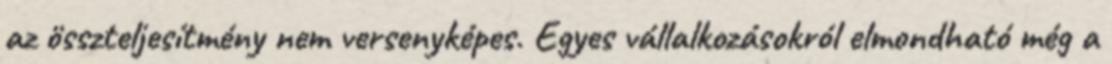
az összteljesítmény nem versenyképes. Egyes vállalkozásokról elmondható még a